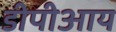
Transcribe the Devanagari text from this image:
डीपीआय